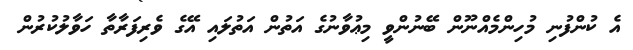
އެ ކުންފުނި މުހިންމެއްނޫން ބޭނުންވީ މިޢުވާނުގެ އަތުން އަތުލައި އޭގެ ވެރިފަރާތާ ހަވާލުކުރުން